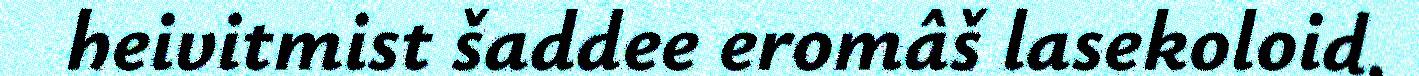
heivitmist šaddee eromâš lasekoloid.